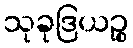
သုခုဒြယဉ္စ